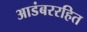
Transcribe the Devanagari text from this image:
आडंबररहित